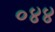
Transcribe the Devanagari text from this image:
०४४